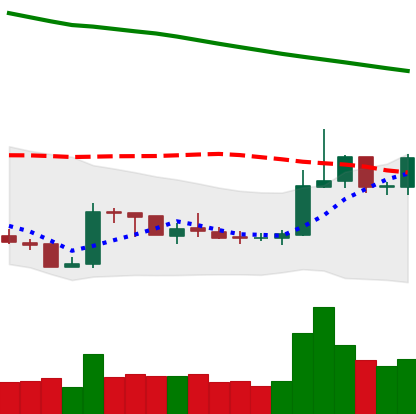
Ticker: XRP-USD
Chart end date: 2019-02-23
Forward return: -5.274%
Label: down_5_7